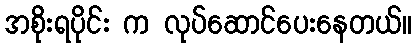
အစိုးရပိုင်း က လုပ်ဆောင်ပေးနေတယ်။